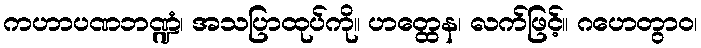
ကဟာပဏဘဏ္ဍံ၊ အသပြာထုပ်ကို။ ဟတ္ထေန၊ လက်ဖြင့်။ ဂဟေတွာဝ၊